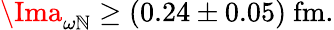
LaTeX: \Ima_{\omega\mathbb{N}}\ge(0.24\pm0.05)\ \mathrm{{fm}}.